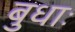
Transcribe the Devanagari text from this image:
बुधाः